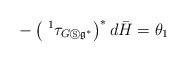
\begin{align*}-\left( \ ^{1}\tau _{G\circledS \mathfrak{g}^{\ast }}\right) ^{\ast }d\bar{H}=\theta _{1} \end{align*}